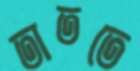
তাততে